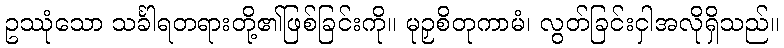
ဥဿုံသော သင်္ခါရတရားတို့၏ဖြစ်ခြင်းကို။ မုဉှစိတုကာမံ၊ လွတ်ခြင်းငှါအလိုရှိသည်။